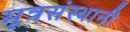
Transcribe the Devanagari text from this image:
मूत्रसंस्थानी